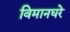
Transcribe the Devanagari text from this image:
विमानघरे